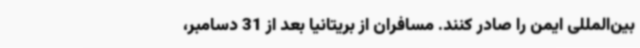
بین‌المللی ایمن را صادر کنند. مسافران از بریتانیا بعد از 31 دسامبر،